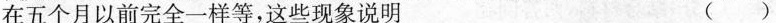
在五个月以前完全一样等，这些现象说明 ( )